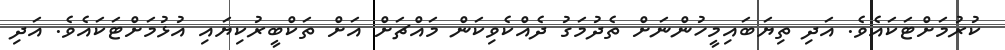
ކުރުމަށްޓަކައެވެ. އަދި ތިޔަބައިމީހުންނަށް ތެދުމަގު ދެއްކެވިކަން މައްޗަށް އަށް ތަކްބީރުކިޔައި އުޅުމަށްޓަކައެވެ. އަދި